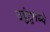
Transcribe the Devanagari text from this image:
उबुंटूमध्ये